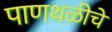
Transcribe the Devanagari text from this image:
पाणथळीचे